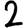
Digit: 2